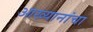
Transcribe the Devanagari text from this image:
आख्यानांचा